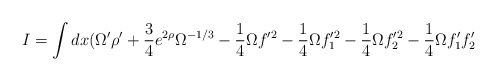
\begin{align*}I = \int dx ( \Omega^{\prime} \rho^{\prime}+ \frac{3}{4} e^{2 \rho} \Omega^{-1 / 3}- \frac{1}{4} \Omega f^{\prime 2} -\frac{1}{4} \Omega f_1^{\prime 2} - \frac{1}{4} \Omega f_2^{\prime 2}-\frac{1}{4} \Omega f_1^{\prime} f_2^{\prime}\end{align*}